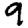
Digit: 9